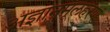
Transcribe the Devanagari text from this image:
अज्ञानमूलहरणं